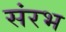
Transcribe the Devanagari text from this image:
संरभ